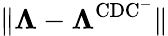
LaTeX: \lVert\boldsymbol{\Lambda}-\boldsymbol{\Lambda}^{\mathrm{CDC^{-}}}\rVert